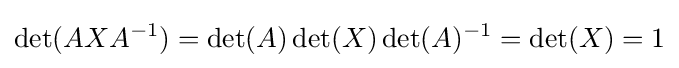
\det(AXA^{-1})=\det(A)\det(X)\det(A)^{-1}=\det(X)=1